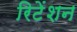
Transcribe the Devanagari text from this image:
रिटेंशन